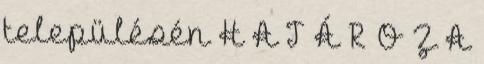
településén H A T Á R O Z A